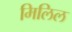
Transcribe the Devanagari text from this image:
मिलिल